Indian journal of veterinary science and animal husbandry - Volume 2,
Year: 1932
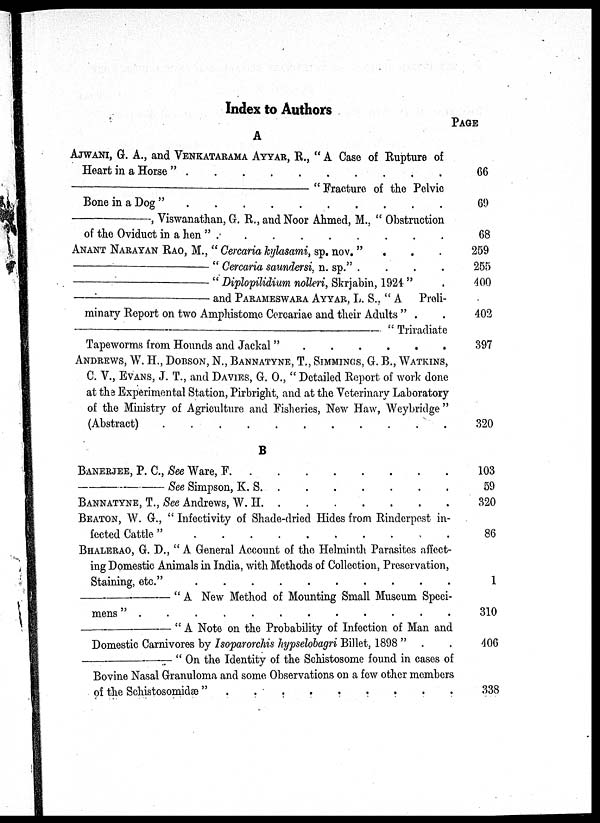
Index to Authors
A
AJWANI, G. A., and VENKATARAMA AYYAR, R., " A Case of Rupture of
Heart in a Horse "
.
.
.
.
.
.
.
.
—"Fracture
of the Pelvic
Bone in a Dog " . . . . . . . .
—, Viswanathan, G. R., and Noor Ahmed, M., " Obstruction
of the Oviduct in a hen " . . . . . . . .
ANANT NARAYAN RAO, M., " Cercaria kylasami, sp. nov. ".
.
.
—"
Cercaria saundersi, n. sp." . . . .
—"Diplopilidium
nolleri, Skrjabin, 1924 " .
— and PARAMESWARA AYYAR, L. S., "A Preli-
minary Report on two Amphistome Cercariae and their Adults " .
—"
Triradiate
Tapeworms from Hounds and Jackal " . . . . . . . .
ANDREWS, W. H., DOBSON, N., BANNATYNE, T., SIMMINGS, G. B., WATKINS,
C. V., EVANS, J. T., and DAVIES, G. O., " Detailed Report of work done
at the Experimental Station, Pirbright, and at the Veterinary Laboratory
of the Ministry of Agriculture and Fisheries, New Haw, Weybridge "
(Abstract) . . . . . . . .
B
PAGE
66
69
68
259
255
400
402
397
320
BANERJEE, P. C., See Ware, F . . . . . . . .
—See
Simpson, K. S . . . . . . . .
BANNATYNE, T., See Andrews, W. H . . . . . . . .
BEATON, W. G., " Infectivity of Shade-dried Hides from Rinderpest in-
fected Cattle " . . . . . . . .
BHALERAO, G. D., " A General Account of the Helminth Parasites affect-
ing Domestic Animals in India, with Methods of Collection, Preservation,
Staining, etc." . . . . . . . .
—"
A New Method of Mounting Small Museum Speci-
mens " . . . . . . . .
—"
A Note on the Probability of Infection of Man and
Domestic Carnivores by Isoparorchis hypselobagri Billet, 1898 " . .
—"
On the Identity of the Schistosome found in cases of
Bovine Nasal Granuloma and some Observations on a few other members
of the Schistosomidæ " . . . . . . . .
103
59
320
86
1
310
406
338